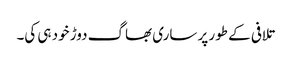
تلافی کے طور پر ساری بھاگ دوڑ خود ہی کی۔